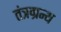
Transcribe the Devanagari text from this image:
तंत्रग्रन्थ